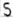
Text: S